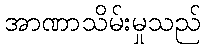
အာဏာသိမ်းမှုသည်